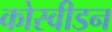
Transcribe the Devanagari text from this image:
कोस्वीडन